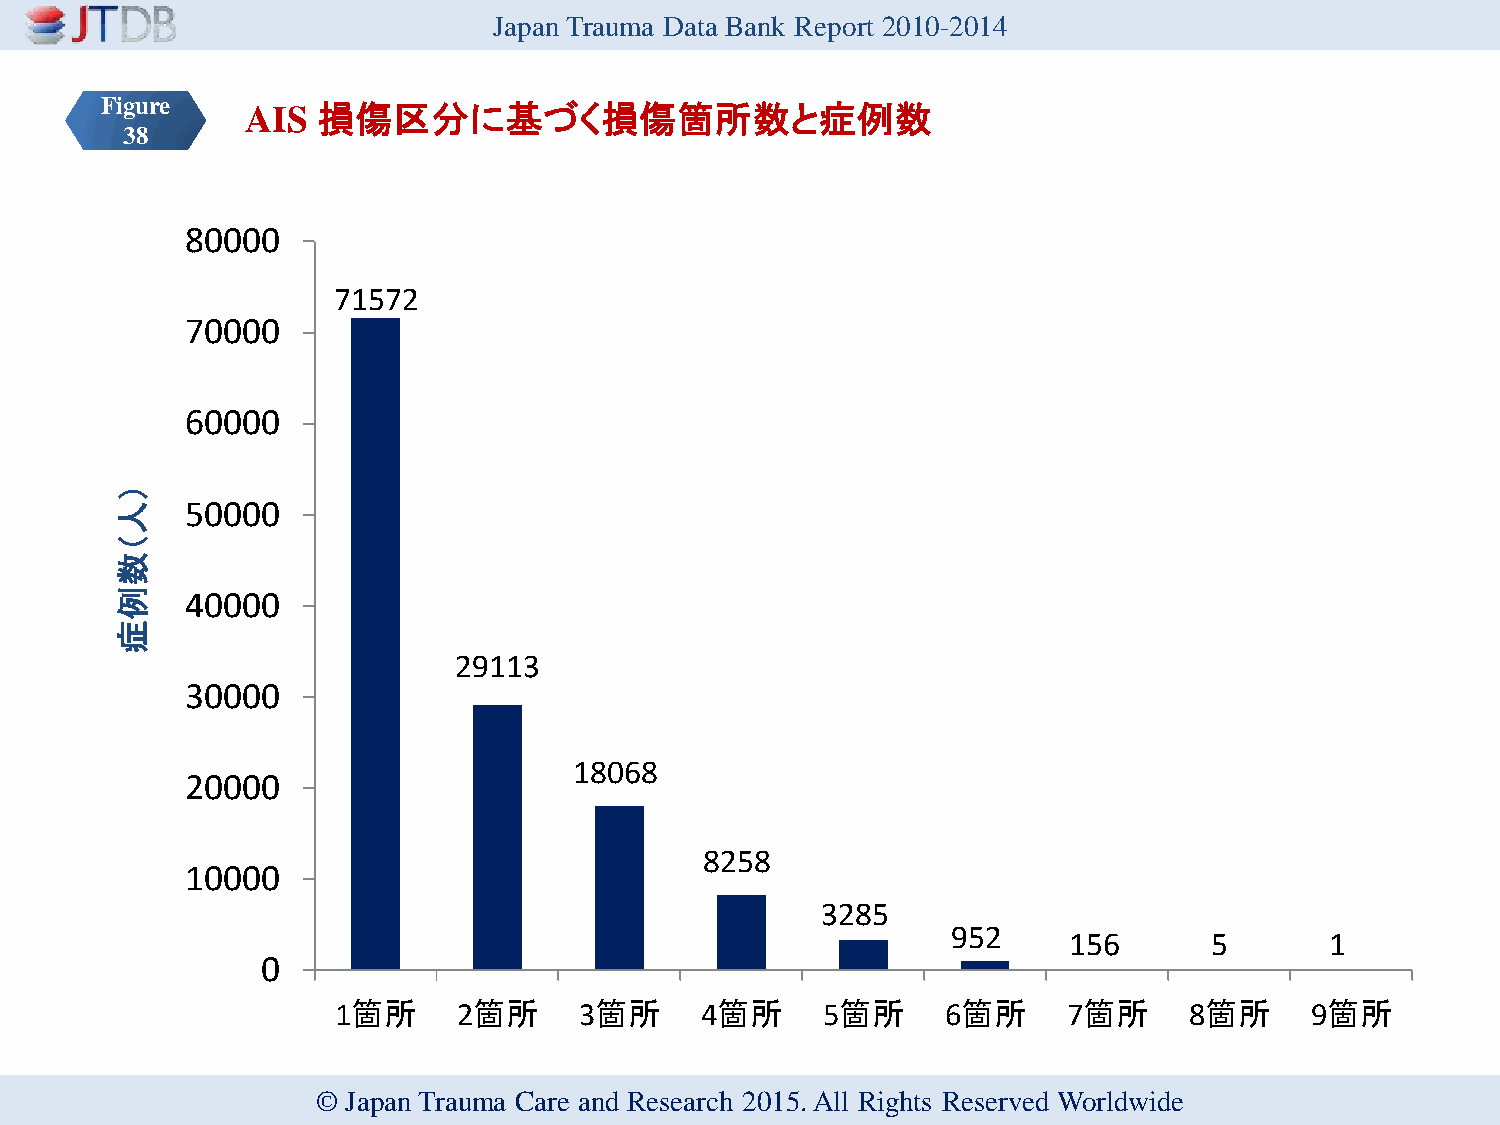
Japan Trauma Data Bank Report 2010-2014
 Figure   AIS  損傷区分に基づく損傷箇所数と症例数
 38
 80000
 71572
 70000
 60000
 ）
 人   50000
 （
 数
 例   40000
 症
 29113
 30000
 18068
 20000
 8258
 10000
 3285
 952
 156      5       1
 0
 1箇所     2箇所     3箇所     4箇所     5箇所      6箇所     7箇所     8箇所     9箇所
 © Japan Trauma Care and Research 2015. All Rights Reserved Worldwide